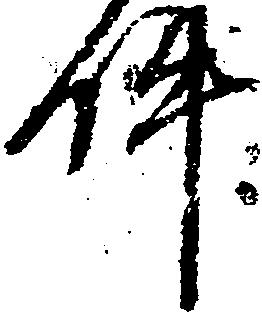
件